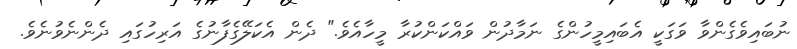
ނުބައިވެގެންވާ ވަގަކީ އެބައިމީހުންގެ ނަމާދުން ވައްކަންކުރާ މީހާއެވެ." ދެން އެކަލޭގެފާނުގެ އަރިހުގައި ދެންނެވުނެވެ.